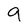
Character: 9